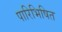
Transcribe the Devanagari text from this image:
पारिभिषित